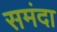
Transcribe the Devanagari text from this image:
समंदा